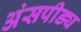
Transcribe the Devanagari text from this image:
अंसपीड्य